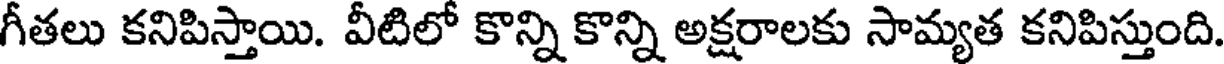
గీతలు కనిపిస్తాయి. వీటిలో కొన్ని కొన్ని అక్షరాలకు సామ్యత కనిపిస్తుంది.